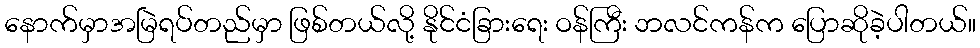
နောက်မှာအမြဲရပ်တည်မှာ ဖြစ်တယ်လို့ နိုင်ငံခြားရေး ဝန်ကြီး ဘလင်ကန်က ပြောဆိုခဲ့ပါတယ်။